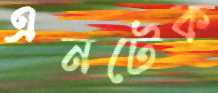
এনটেক